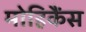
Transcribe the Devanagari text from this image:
मोहिकैंस